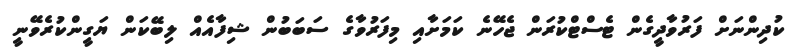
ކުދިންނަށް ފަރުވާދީގެން ޓެސްޓްކުރަން ޖެހޭނެ ކަމަށާއި މިފަރުވާގެ ސަބަބުން ޝިފާއެއް ލިބޭކަން ޔަގީންކުރެވޭނީ